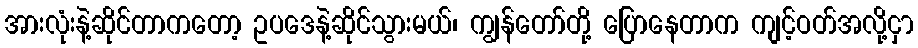
အားလုံးနဲ့ဆိုင်တာကတော့ ဥပဒေနဲ့ဆိုင်သွားမယ်၊ ကျွန်တော်တို့ ပြောနေတာက ကျင့်ဝတ်အလို့ငှာ